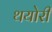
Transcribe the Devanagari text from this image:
थयोरी